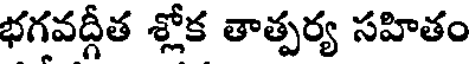
భగవద్గీత శ్లోక తాత్పర్య సహితం